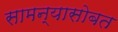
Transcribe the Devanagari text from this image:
सामन्यासोबत